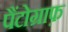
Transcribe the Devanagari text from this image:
पैंटोग्राफ़